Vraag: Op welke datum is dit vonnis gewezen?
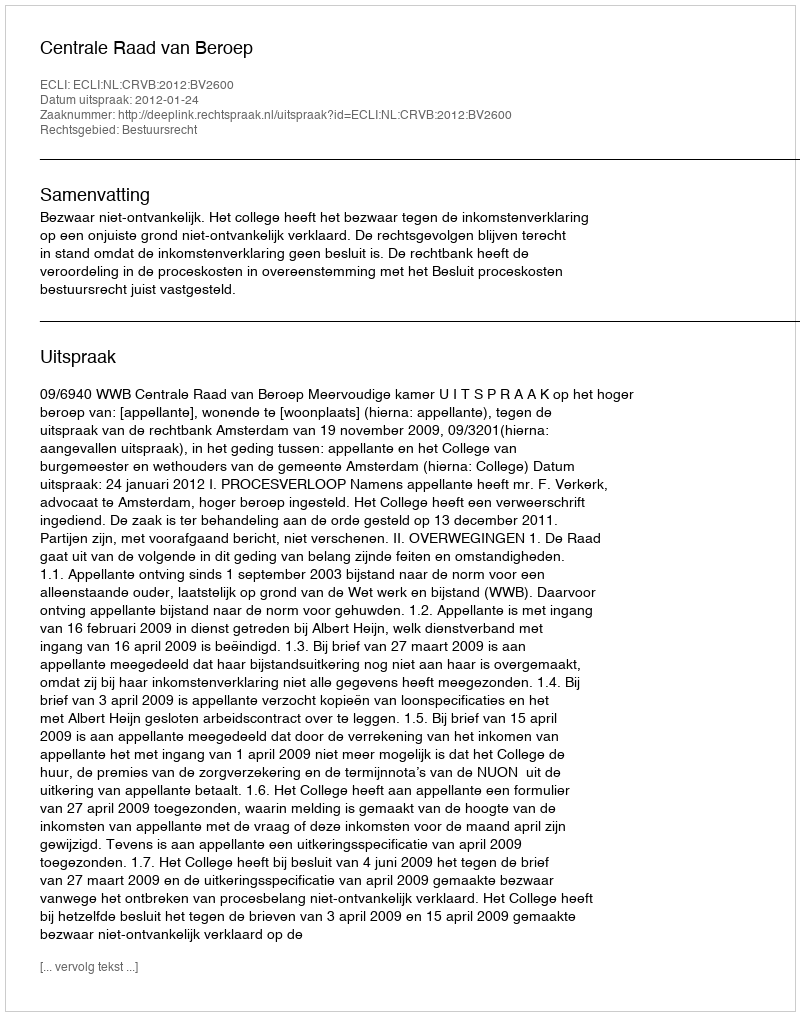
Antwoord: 2012-01-24